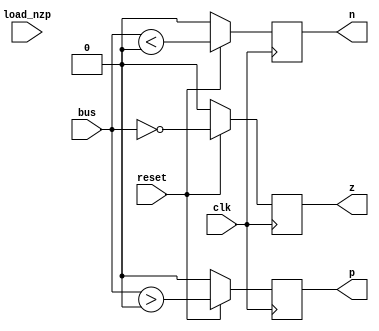
module nzpl(clk, reset, load_nzp, bus, n, z, p);
    input wire clk, reset, load_nzp;
    input wire[15:0] bus;

    output reg n, z, p;

    always @(posedge clk) begin
        if(reset) begin
            n <= bus < 0;
            z <= bus == 0;
            p <= bus > 0;
        end
        else begin
            n <= 1'b0;
            z <= 1'b0;
            p <= 1'b0;
        end
    end
endmodule